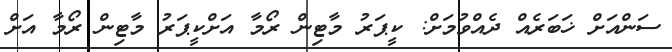
ސަންއަށް ޚަބަރެއް ދެއްވުމަށް: ކީޕަރު މާޓިން ރޯމާ އަށްކީޕަރު މާޓިން ރޯމާ އަށް